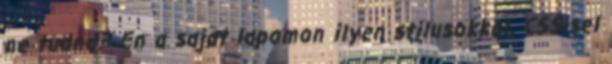
ne tudna? En a sajat lapomon ilyen stilusokkal, CSS-sel